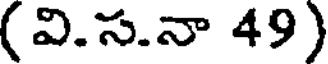
(వి.స.నా 49)